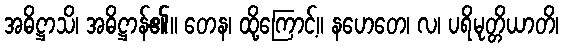
အဓိဋ္ဌာသိ၊ အဓိဋ္ဌာန်၏။ တေန၊ ထို့ကြောင့်။ နဟေတေ၊ လ၊ ပရိမုတ္တိယာတိ၊